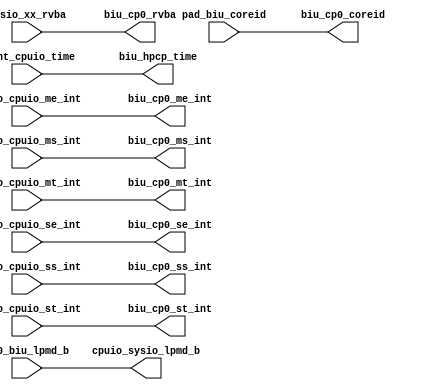
/*Copyright 2020-2021 T-Head Semiconductor Co., Ltd.

Licensed under the Apache License, Version 2.0 (the "License");
you may not use this file except in compliance with the License.
You may obtain a copy of the License at

    http://www.apache.org/licenses/LICENSE-2.0

Unless required by applicable law or agreed to in writing, software
distributed under the License is distributed on an "AS IS" BASIS,
WITHOUT WARRANTIES OR CONDITIONS OF ANY KIND, either express or implied.
See the License for the specific language governing permissions and
limitations under the License.
*/

// &Depend("cpu_cfig.h"); @17

// &ModuleBeg; @19
module aq_cpuio_top(
  biu_cp0_coreid,
  biu_cp0_me_int,
  biu_cp0_ms_int,
  biu_cp0_mt_int,
  biu_cp0_rvba,
  biu_cp0_se_int,
  biu_cp0_ss_int,
  biu_cp0_st_int,
  biu_hpcp_time,
  clint_cpuio_time,
  cp0_biu_lpmd_b,
  cpuio_sysio_lpmd_b,
  pad_biu_coreid,
  sysio_cpuio_me_int,
  sysio_cpuio_ms_int,
  sysio_cpuio_mt_int,
  sysio_cpuio_se_int,
  sysio_cpuio_ss_int,
  sysio_cpuio_st_int,
  sysio_xx_rvba
);

// &Ports; @20
input   [63:0]  clint_cpuio_time;  
input   [1 :0]  cp0_biu_lpmd_b;    
input   [2 :0]  pad_biu_coreid;    
input           sysio_cpuio_me_int; 
input           sysio_cpuio_ms_int; 
input           sysio_cpuio_mt_int; 
input           sysio_cpuio_se_int; 
input           sysio_cpuio_ss_int; 
input           sysio_cpuio_st_int; 
input   [39:0]  sysio_xx_rvba;     
output  [2 :0]  biu_cp0_coreid;    
output          biu_cp0_me_int;    
output          biu_cp0_ms_int;    
output          biu_cp0_mt_int;    
output  [39:0]  biu_cp0_rvba;      
output          biu_cp0_se_int;    
output          biu_cp0_ss_int;    
output          biu_cp0_st_int;    
output  [63:0]  biu_hpcp_time;     
output  [1 :0]  cpuio_sysio_lpmd_b; 

// &Regs; @21

// &Wires; @22
wire    [2 :0]  biu_cp0_coreid;    
wire            biu_cp0_me_int;    
wire            biu_cp0_ms_int;    
wire            biu_cp0_mt_int;    
wire    [39:0]  biu_cp0_rvba;      
wire            biu_cp0_se_int;    
wire            biu_cp0_ss_int;    
wire            biu_cp0_st_int;    
wire    [63:0]  biu_hpcp_time;     
wire    [63:0]  clint_cpuio_time;  
wire    [1 :0]  cp0_biu_lpmd_b;    
wire    [1 :0]  cpuio_sysio_lpmd_b; 
wire    [2 :0]  pad_biu_coreid;    
wire            sysio_cpuio_me_int; 
wire            sysio_cpuio_ms_int; 
wire            sysio_cpuio_mt_int; 
wire            sysio_cpuio_se_int; 
wire            sysio_cpuio_ss_int; 
wire            sysio_cpuio_st_int; 
wire    [39:0]  sysio_xx_rvba;     


assign biu_cp0_coreid[2:0] = pad_biu_coreid[2:0];
assign biu_cp0_me_int      = sysio_cpuio_me_int;
assign biu_cp0_ms_int      = sysio_cpuio_ms_int;  
assign biu_cp0_mt_int      = sysio_cpuio_mt_int;
assign biu_cp0_se_int      = sysio_cpuio_se_int;
assign biu_cp0_ss_int      = sysio_cpuio_ss_int;
assign biu_cp0_st_int      = sysio_cpuio_st_int;
assign biu_hpcp_time[63:0] = clint_cpuio_time[63:0];
assign biu_cp0_rvba[39:0]  = sysio_xx_rvba[39:0];
assign cpuio_sysio_lpmd_b[1:0] = cp0_biu_lpmd_b[1:0];
// &ModuleEnd; @37
endmodule